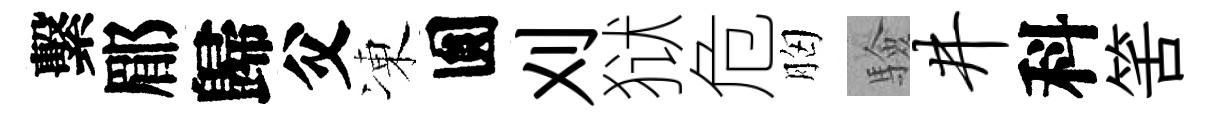
繫郿歸父凍圎刈狱危胸驗井科筈